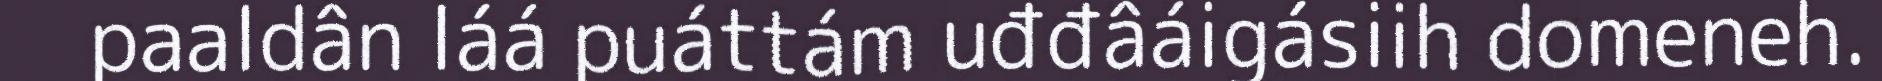
paaldân láá puáttám uđđâáigásiih domeneh.